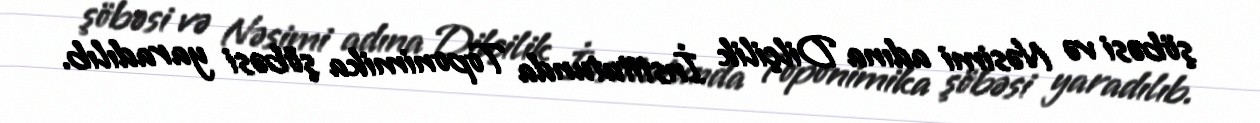
şöbəsi və Nəsimi adına Dilçilik İnstitutunda Toponimika şöbəsi yaradılıb.